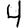
Digit: 4